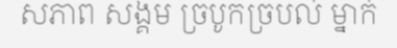
សភាព សង្គម ច្របូកច្របល់ ម្នាក់